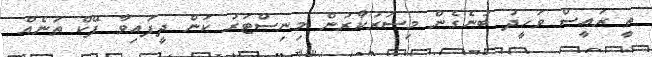
ތީ ރައީސް ވަހީދު ބުނެގެން މިސަރުކާރުން މިނިސްޓަރު ކަން ދީފައިވާ ފޭކް ތަނެއް